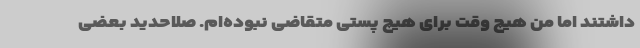
داشتند اما من هیچ وقت برای هیچ پستی متقاضی نبوده‌ام. صلاحدید بعضی